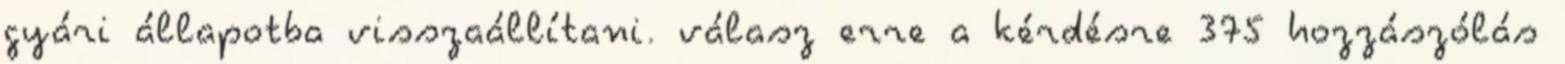
gyári állapotba visszaállítani. válasz erre a kérdésre 375 hozzászólás